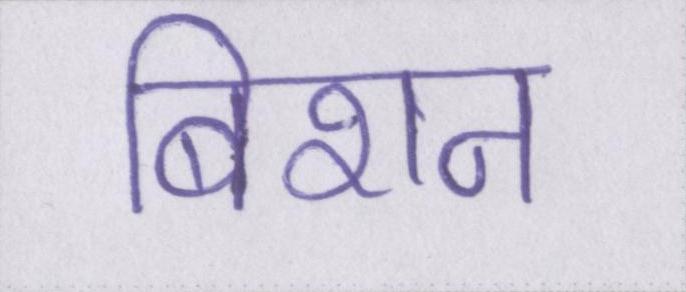
बिशन